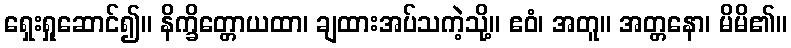
ရှေးရှုဆောင်၍။ နိက္ခိတ္တောယထာ၊ ချထားအပ်သကဲ့သို့။ ဧဝံ၊ အတူ။ အတ္တနော၊ မိမိ၏။